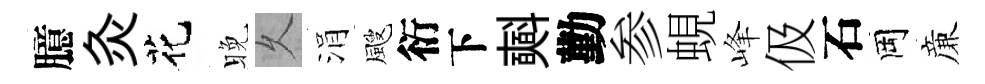
臆灸花晚乆涓颼衍下𣂏勤参蜆峰伋石岡亷